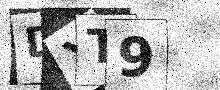
Text: DXT9